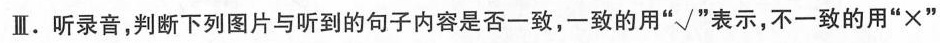
Ⅲ。听录音，判断下列图片与听到的句子内容是否一致，一致的用“√”表示，不一致的用“×”